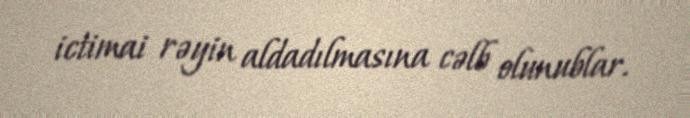
ictimai rəyin aldadılmasına cəlb olunublar.